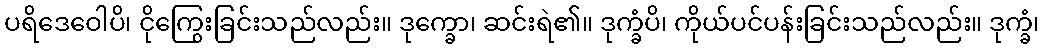
ပရိဒေဝေါပိ၊ ငိုကြွေးခြင်းသည်လည်း။ ဒုက္ခော၊ ဆင်းရဲ၏။ ဒုက္ခံပိ၊ ကိုယ်ပင်ပန်းခြင်းသည်လည်း။ ဒုက္ခံ၊